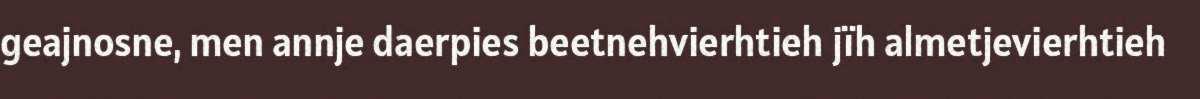
geajnosne, men annje daerpies beetnehvierhtieh jïh almetjevierhtieh